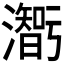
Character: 𤂥